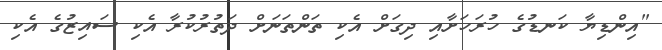
"އިންޑިޔާ ކަނޑުގެ ހުރަހަށާއި ދިގަށް އެކި ތަންތަނަށް ދަތުރުކުރާ އެކި ސައިޒުގެ އެކި